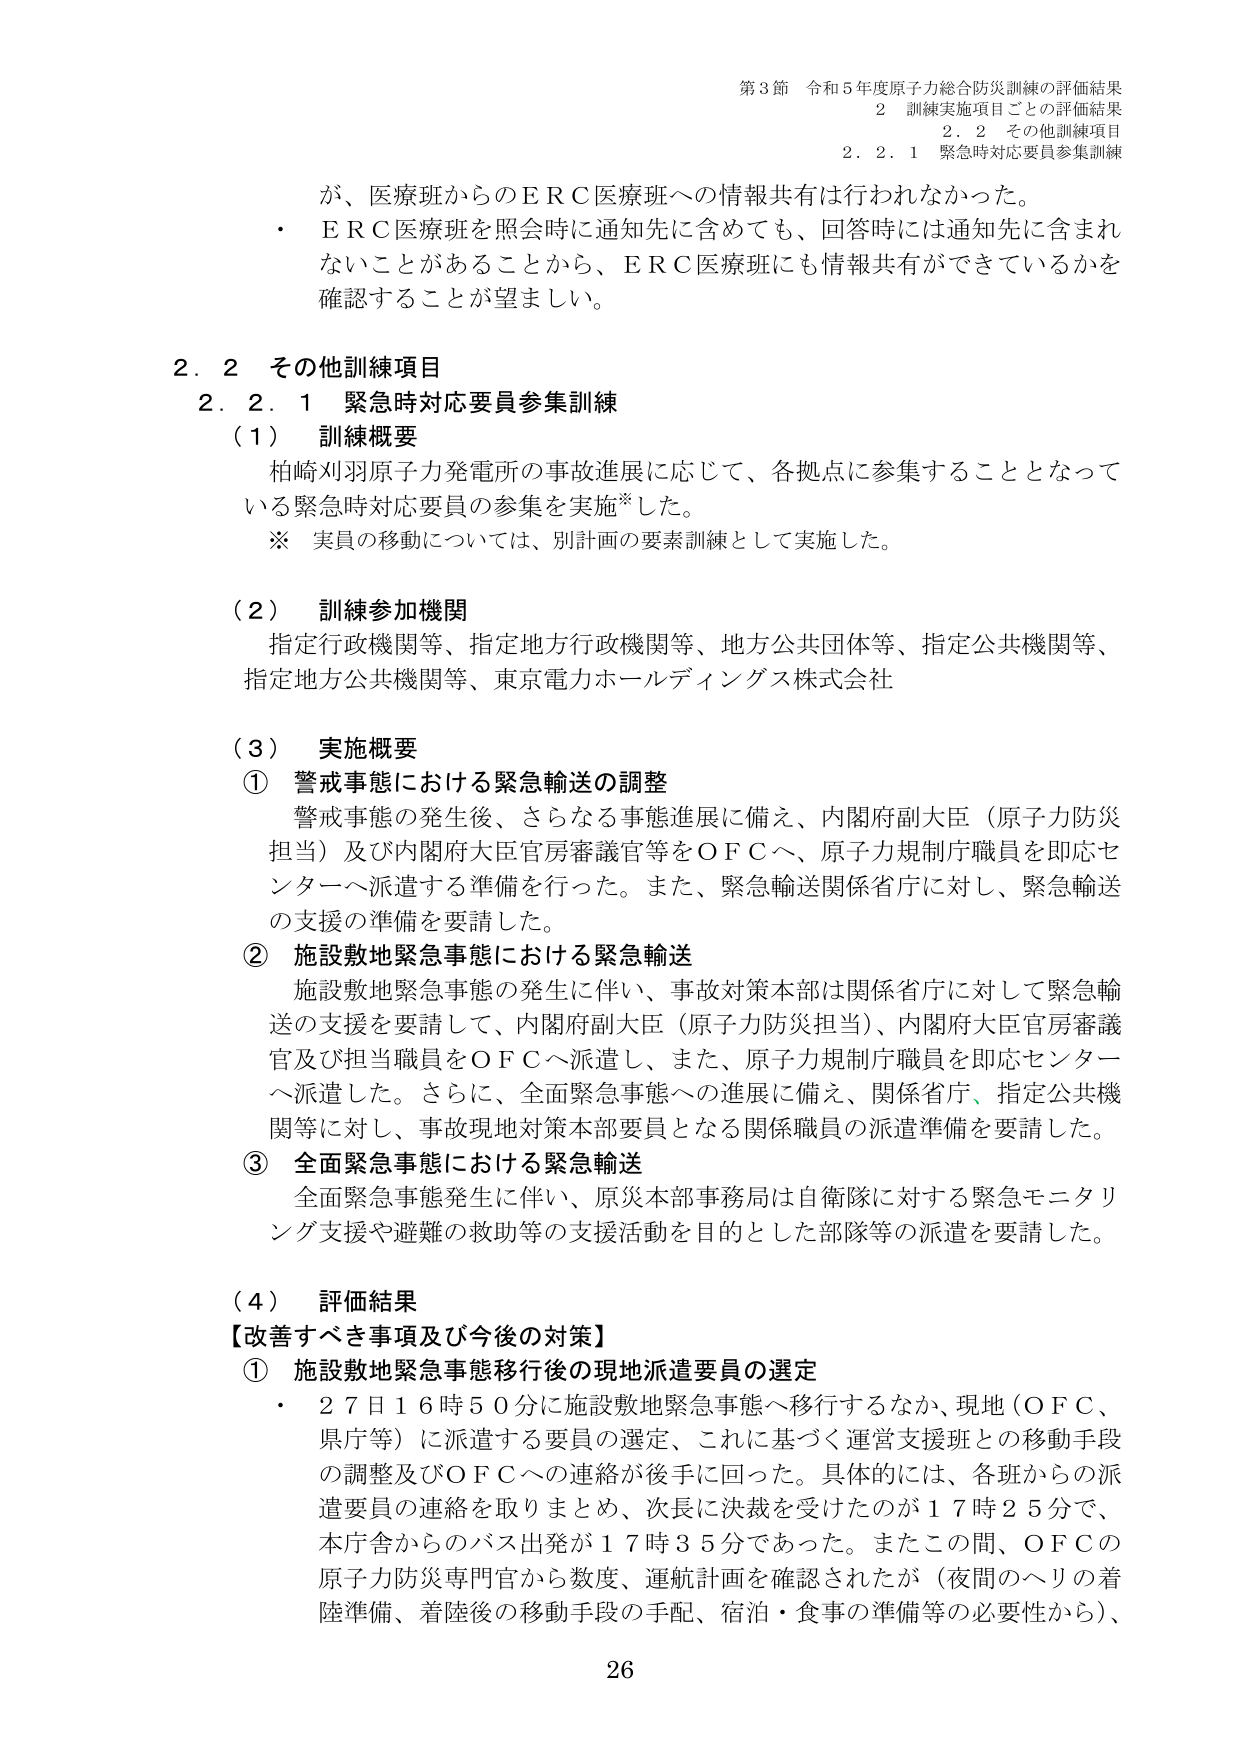
第3節 令和5年度原子力総合防災訓練の評価結果
2 訓練実施項目ごとの評価結果
2.2 その他訓練項目
2.2.1 緊急時対応要員参集訓練

が、医療班からのＥＲＣ医療班への情報共有は行われなかった。
・ＥＲＣ医療班を照会時に通知先に含めても、回答時には通知先に含まれないことがあることから、ＥＲＣ医療班にも情報共有ができているかを確認することが望ましい。

2.2 その他訓練項目
2.2.1 緊急時対応要員参集訓練

（1） 訓練概要
柏崎刈羽原子力発電所の事故進展に応じて、各拠点に参集することとなっている緊急時対応要員の参集を実施※した。
※ 実員の移動については、別計画の要素訓練として実施した。

（2） 訓練参加機関
指定行政機関等、指定地方行政機関等、地方公共団体等、指定公共機関等、指定地方公共機関等、東京電力ホールディングス株式会社

（3） 実施概要
① 警戒事態における緊急輸送の調整
警戒事態の発生後、さらなる事態進展に備え、内閣府副大臣（原子力防災担当）及び内閣府大臣官房審議官等をＯＦＣへ、原子力規制庁職員を即応センターへ派遣する準備を行った。また、緊急輸送関係省庁に対し、緊急輸送の支援の準備を要請した。

② 施設敷地緊急事態における緊急輸送
施設敷地緊急事態の発生に伴い、事故対策本部は関係省庁に対して緊急輸送の支援を要請して、内閣府副大臣（原子力防災担当）、内閣府大臣官房審議官及び担当職員をＯＦＣへ派遣し、また、原子力規制庁職員を即応センターへ派遣した。さらに、全面緊急事態への進展に備え、関係省庁、指定公共機関等に対し、事故現地対策本部要員となる関係職員の派遣準備を要請した。

③ 全面緊急事態における緊急輸送
全面緊急事態発生に伴い、原災本部事務局は自衛隊に対する緊急モニタリング支援や避難の救助等の支援活動を目的とした部隊等の派遣を要請した。

（4） 評価結果
【改善すべき事項及び今後の対策】
① 施設敷地緊急事態移行後の現地派遣要員の選定
・27日16時50分に施設敷地緊急事態へ移行するなか、現地（ＯＦＣ、県庁等）に派遣する要員の選定、これに基づく運営支援班との移動手段の調整及びＯＦＣへの連絡が後手に回った。具体的には、各班からの派遣要員の連絡を取りまとめ、次長に決裁を受けたのが17時25分で、本庁舎からのバス出発が17時35分であった。またこの間、ＯＦＣの原子力防災専門官から数度、運航計画を確認されたが（夜間のヘリの着陸準備、着陸後の移動手段の手配、宿泊・食事の準備等の必要性から）、

26